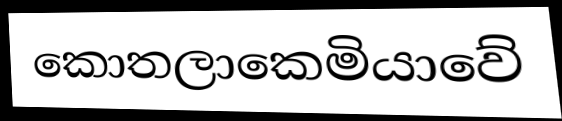
කොතලාකෙමියාවේ